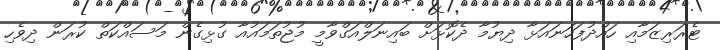
ޓެރަރިޒަމާއި ހައްދުފަހަނައަޅާ ދިޔުމާ ދެކޮޅަށް ބައިނަލްއަގްވާމީ މުޖުތަމައުއާ ގުޅިގެން މަސައްކަތް ކުރަން ދިވެހި